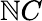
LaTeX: \mathbb{N}C